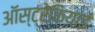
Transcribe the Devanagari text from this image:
ऑस्ट्रेकियाई